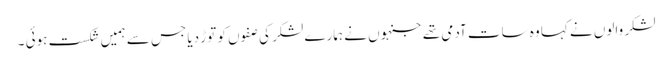
لشکر والوں نے کہا وہ سات آدمی تھے جنہوں نے ہمارے لشکر کی صفوں کو توڑ دیا جس سے ہمیں شکست ہوئی ۔